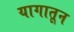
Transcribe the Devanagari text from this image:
यागातून